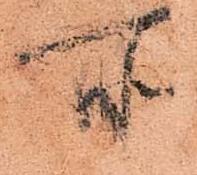
所